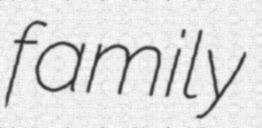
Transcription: family